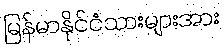
မြန်မာနိုင်ငံသားများအား